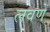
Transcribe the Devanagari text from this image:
लवणें